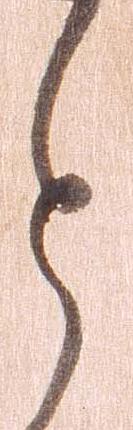
と